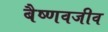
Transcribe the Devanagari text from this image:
बैष्णवजीव